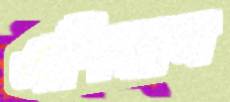
এশিয়ান